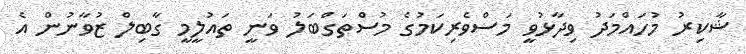
ޝާކިރު މުހައްމަދު ވިދާޅުވީ މަސްވެރިކަމުގެ މުސްތަގްބަލު ވަނީ ތައުލީމީ ގާބިލް ޒުވާނުން އެ